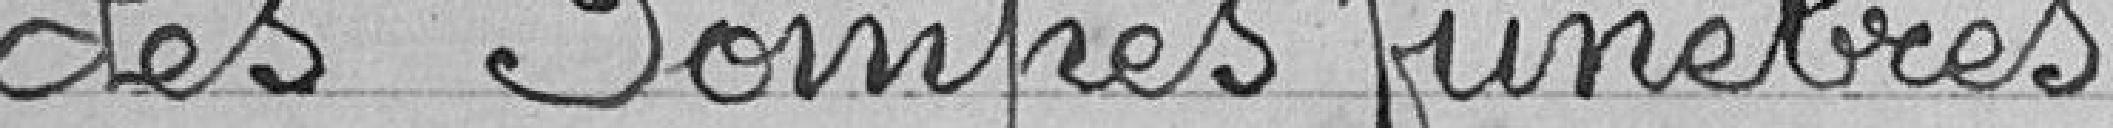
des Pompes Funèbres